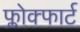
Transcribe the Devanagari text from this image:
फ्लोक्फार्ट